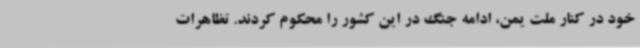
خود در کنار ملت یمن، ادامه جنگ در این کشور را محکوم کردند. تظاهرات